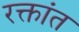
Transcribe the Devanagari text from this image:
रक्तांत